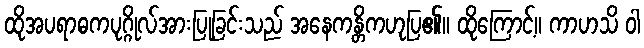
ထိုအပရာဓကပုဂ္ဂိုလ်အားပြုခြင်းသည် အနေကန္တိကဟုပြ၏။ ထိုကြောင့်။ ကာဟသိ ဝါ